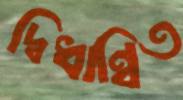
দ্বিধান্বিত